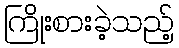
ကြိုးစားခဲ့သည့်